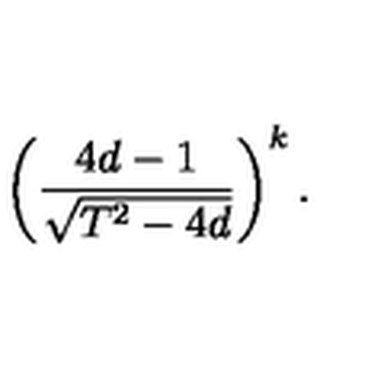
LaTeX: \left( \frac { 4 d - 1 } { \sqrt { T ^ { 2 } - 4 d } } \right) ^ { k } .